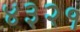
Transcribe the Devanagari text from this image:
४३२१